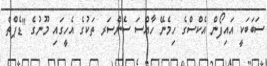
ސަބަބަކީ އައިފޯން އެކްސްގެ ހިމެނޭ ހާއްސަ ސެންސަރ ތަކުގެ އެހީގައި މޫނުގެ "ޑެޕްތް